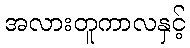
အလားတူကာလနှင့်